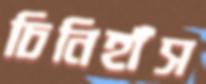
চিনিহাঁস